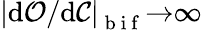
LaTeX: \left|\mathrm{d}\mathcal{O}/\mathrm{d}\mathcal{C}\right|_{\mathrm{~b~i~f~}}{\rightarrow}\infty